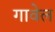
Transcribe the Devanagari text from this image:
गावेल